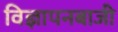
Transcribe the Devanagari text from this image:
विज्ञापनबाजी